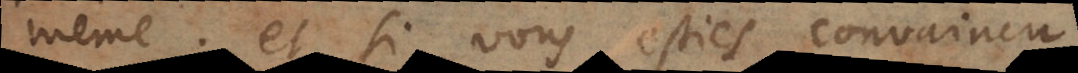
même: et si vous esties convaincu